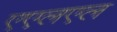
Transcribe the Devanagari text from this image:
एएलएल